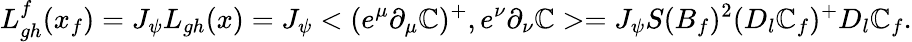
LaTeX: L_{gh}^{f}(x_{f})=J_{\psi}L_{gh}(x)=J_{\psi}<(e^{\mu}\partial_{\mu}\mathbb{C})^{+},e^{\nu}\partial_{\nu}\mathbb{C}>=J_{\psi}S(B_{f})^{2}(D_{l}\mathbb{C}_{f})^{+}D_{l}\mathbb{C}_{f}.